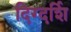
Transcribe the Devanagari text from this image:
दिग्दर्शि